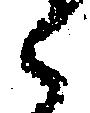
々